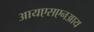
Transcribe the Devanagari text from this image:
आयएसएनआय